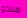
منذو